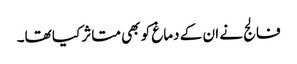
فالج نے ان کے دماغ کو بھی متاثر کیا تھا۔